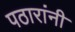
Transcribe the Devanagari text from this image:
पठारांनी